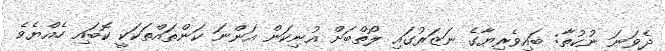
ދެވަނަ ނުކުތާ: ބައިވެރިޔާގެ ނަޒަރުގައި ލޯތްބަށް އުނިކަން އަންނަ ކަންތައްތަކަކީ ކޮބައި ހެއްޔެވެ